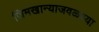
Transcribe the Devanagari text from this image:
जिमखान्याजवळच्या